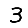
Digit: 3